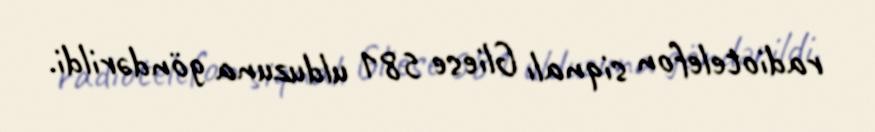
radiotelefon siqnalı Gliese 581 ulduzuna göndərildi.